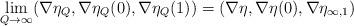
LaTeX: \begin{align*} \lim_{Q \rightarrow \infty} (\nabla \eta_Q, \nabla \eta_Q(0),\nabla \eta_Q(1)) = \left( \nabla \eta, \nabla \eta(0), \nabla \eta_{\infty,1} \right)\end{align*}